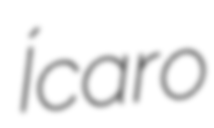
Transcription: Ícaro